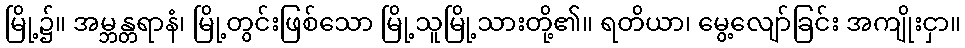
မြို့၌။ အမ္ဘန္တရာနံ၊ မြို့တွင်းဖြစ်သော မြို့သူမြို့သားတို့၏။ ရတိယာ၊ မွေ့လျော်ခြင်း အကျိုးငှာ။